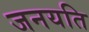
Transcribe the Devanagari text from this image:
जनयति